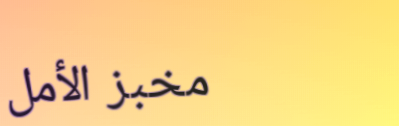
مخبز الأمل